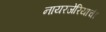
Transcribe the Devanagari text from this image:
नायरजेरियाची